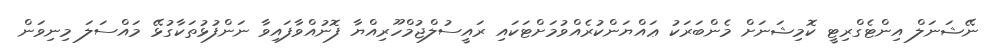
ނޭޝަނަލް އިންޓެގްރިޓީ ކޮމިޝަނަށް މެންބަރަކު ޢައްޔަންކުރެއްވުމަށްޓަކައި ރައީސުލްޖުމްހޫރިއްޔާ ފޮނުއްވާފައިވާ ނަންފުޅުތަކާގުޅޭ މައްސަލަ މިނިވަން